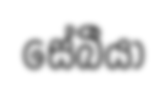
සේබීයා